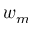
w _ { m }